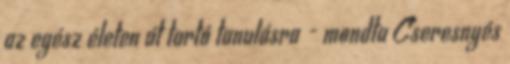
az egész életen át tartó tanulásra - mondta Cseresnyés